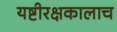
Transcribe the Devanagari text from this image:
यष्टीरक्षकालाच